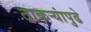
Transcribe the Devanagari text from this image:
ठाकऱ्यांपुढे